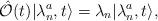
LaTeX: \begin{align*}\hat{\cal O} (t) \vert \lambda^a_n, t \rangle = \lambda_n \vert\lambda^a_n, t \rangle, \end{align*}